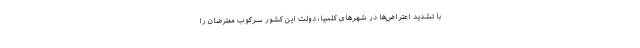
با تشدید اعتراض‌ها در شهرهای کلمبیا، دولت این کشور سرکوب معترضان را